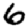
Digit: 6